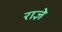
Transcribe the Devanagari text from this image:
राज्ञे